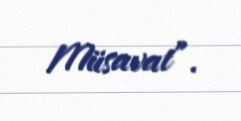
Müsavat”.